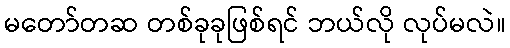
မတော်တဆ တစ်ခုခုဖြစ်ရင် ဘယ်လို လုပ်မလဲ။